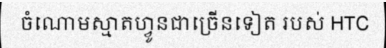
ចំណោមស្មាតហ្វូនជាច្រើនទៀត របស់ HTC